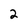
Character: 2